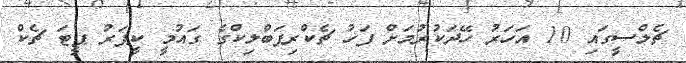
ޗެލްސީގައި 10 އަހަރު ހޭދަކުރުމަށް ފަހު ޗެކްރިޕަބްލިކްގެ ގައުމީ ކީޕަރު ޕީޓަ ޗެކް